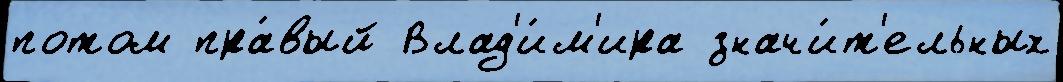
потом пра́вый Влад'и́м'ира значи́т'ельных